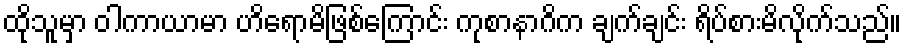
ထိုသူမှာ ဝါကာယာမာ ဟိရောမိဖြစ်ကြောင်း ကုစာနာဂိက ချက်ချင်း ရိပ်စားမိလိုက်သည်။